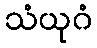
သံယုဂံ